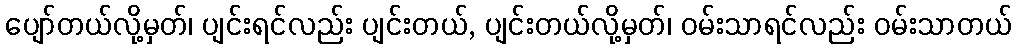
ပျော်တယ်လို့မှတ်၊ ပျင်းရင်လည်း ပျင်းတယ်, ပျင်းတယ်လို့မှတ်၊ ဝမ်းသာရင်လည်း ဝမ်းသာတယ်